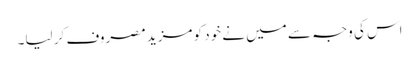
اس کی وجہ سے میں نے خود کو مزید مصروف کر لیا۔